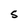
Character: S